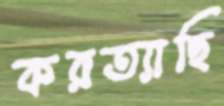
করত্যাছি